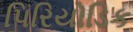
પિરિયોડિક